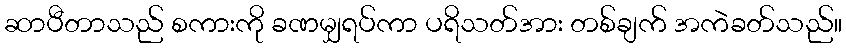
ဆာပီတာသည် စကားကို ခဏမျှရပ်ကာ ပရိသတ်အား တစ်ချက် အကဲခတ်သည်။